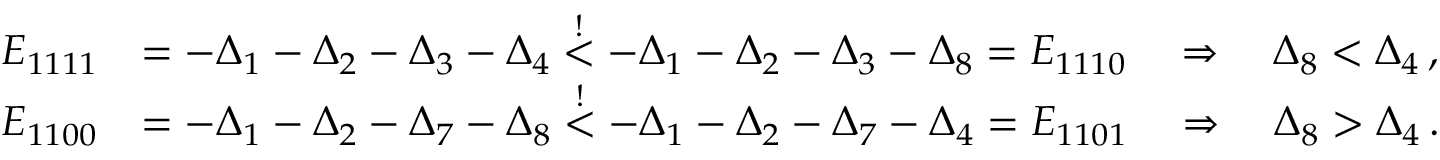
\begin{array} { r l } { E _ { 1 1 1 1 } } & { = - \Delta _ { 1 } - \Delta _ { 2 } - \Delta _ { 3 } - \Delta _ { 4 } \stackrel { ! } { < } - \Delta _ { 1 } - \Delta _ { 2 } - \Delta _ { 3 } - \Delta _ { 8 } = E _ { 1 1 1 0 } \quad \Rightarrow \quad \Delta _ { 8 } < \Delta _ { 4 } \, , } \\ { E _ { 1 1 0 0 } } & { = - \Delta _ { 1 } - \Delta _ { 2 } - \Delta _ { 7 } - \Delta _ { 8 } \stackrel { ! } { < } - \Delta _ { 1 } - \Delta _ { 2 } - \Delta _ { 7 } - \Delta _ { 4 } = E _ { 1 1 0 1 } \quad \Rightarrow \quad \Delta _ { 8 } > \Delta _ { 4 } \, . } \end{array}